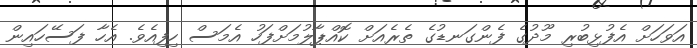
އަވަހަށް އެފުޅިބުރި މޫދުގެ ފެންގަނޑުގެ ތެރެއަށް ކޮއްޕާލުމަށްފަހު އެމަސް ހިފިއެވެ. އެހާ ފަސޭހައިން